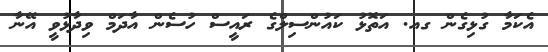
އެކަމާ ގުޅިގެން ގއ. އަތޮޅު ކައުންސިލްގެ ރައީސް ހުސެން އާދަމް ވިދާޅުވީ އޭނާ